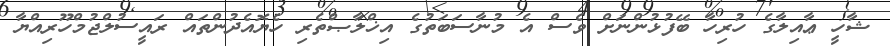
ޝާހީ ޢާއިލާގެ ހުރިހާ ބޭފުޅުންނަށް ވެސް އެ މުނާސަބަތުގެ އިޚްލާޞްތެރި ހެޔޮއެދުންތައް ރައީސުލްޖުމްހޫރިއްޔާ